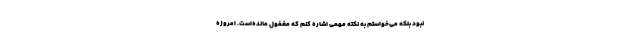
نبود بلکه می‌خواستم به نکته مهمی اشاره کنم که مغفول مانده‌است. امروزه